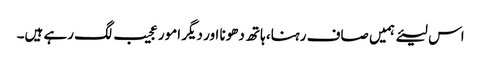
اس لیئے ہمیں صاف رہنا، ہاتھ دھونا اور دیگر امور عجیب لگ رہے ہیں۔